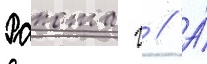
Рапота г // А́